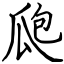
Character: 瓟